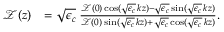
\begin{array} { r l } { \mathcal { Z } ( z ) } & { = \sqrt { \epsilon _ { c } } \; \frac { \mathcal { Z } ( 0 ) \cos ( \sqrt { \epsilon _ { c } } \, k z ) - \sqrt { \epsilon _ { c } } \sin ( \sqrt { \epsilon _ { c } } \, k z ) } { \mathcal { Z } ( 0 ) \sin ( \sqrt { \epsilon _ { c } } \, k z ) + \sqrt { \epsilon _ { c } } \cos ( \sqrt { \epsilon _ { c } } \, k z ) } . } \end{array}